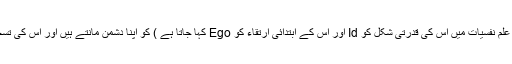
صوفی اور سادھو انا Ego ( علمِ نفسیات میں اس کی قدرتی شکل کو Id اور اس کے ابتدائی ارتقاء کو Ego کہا جاتا ہے ) کو اپنا دشمن مانتے ہیں اور اس کی تسخیر کے بعد خدا کو پاتے ہیں۔